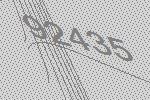
92435